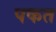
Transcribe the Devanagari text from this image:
पकत